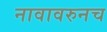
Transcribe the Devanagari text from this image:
नावावरुनच